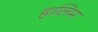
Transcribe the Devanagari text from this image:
हालिम